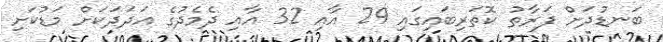
ބަނޑުދަށް ފަރާތު ކޮތަރިބައިގައި 29 އާއި 32 އާއި ދެެމެދުގެ އަދަދަކަށް މަޑުކަށި